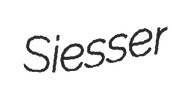
Siesser